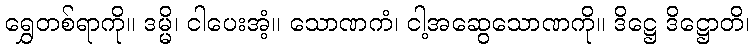
ရွှေတစ်ရာကို။ ဒမ္မိ၊ ငါပေးအံ့။ သောဏကံ၊ ငါ့အဆွေသောဏကို။ ဒိဋ္ဌေ ဒိဋ္ဌောတိ၊